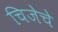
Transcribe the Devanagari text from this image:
चिजेचे